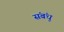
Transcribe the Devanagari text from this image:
संबंधु